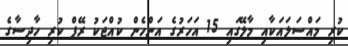
ކުރި މައްސަލައަކާއި މާލޭގައި 15 އަހަރުގެ އަންހެން ކުއްޖަކު ރޭޕް ކުރި ހާދިސާގެ